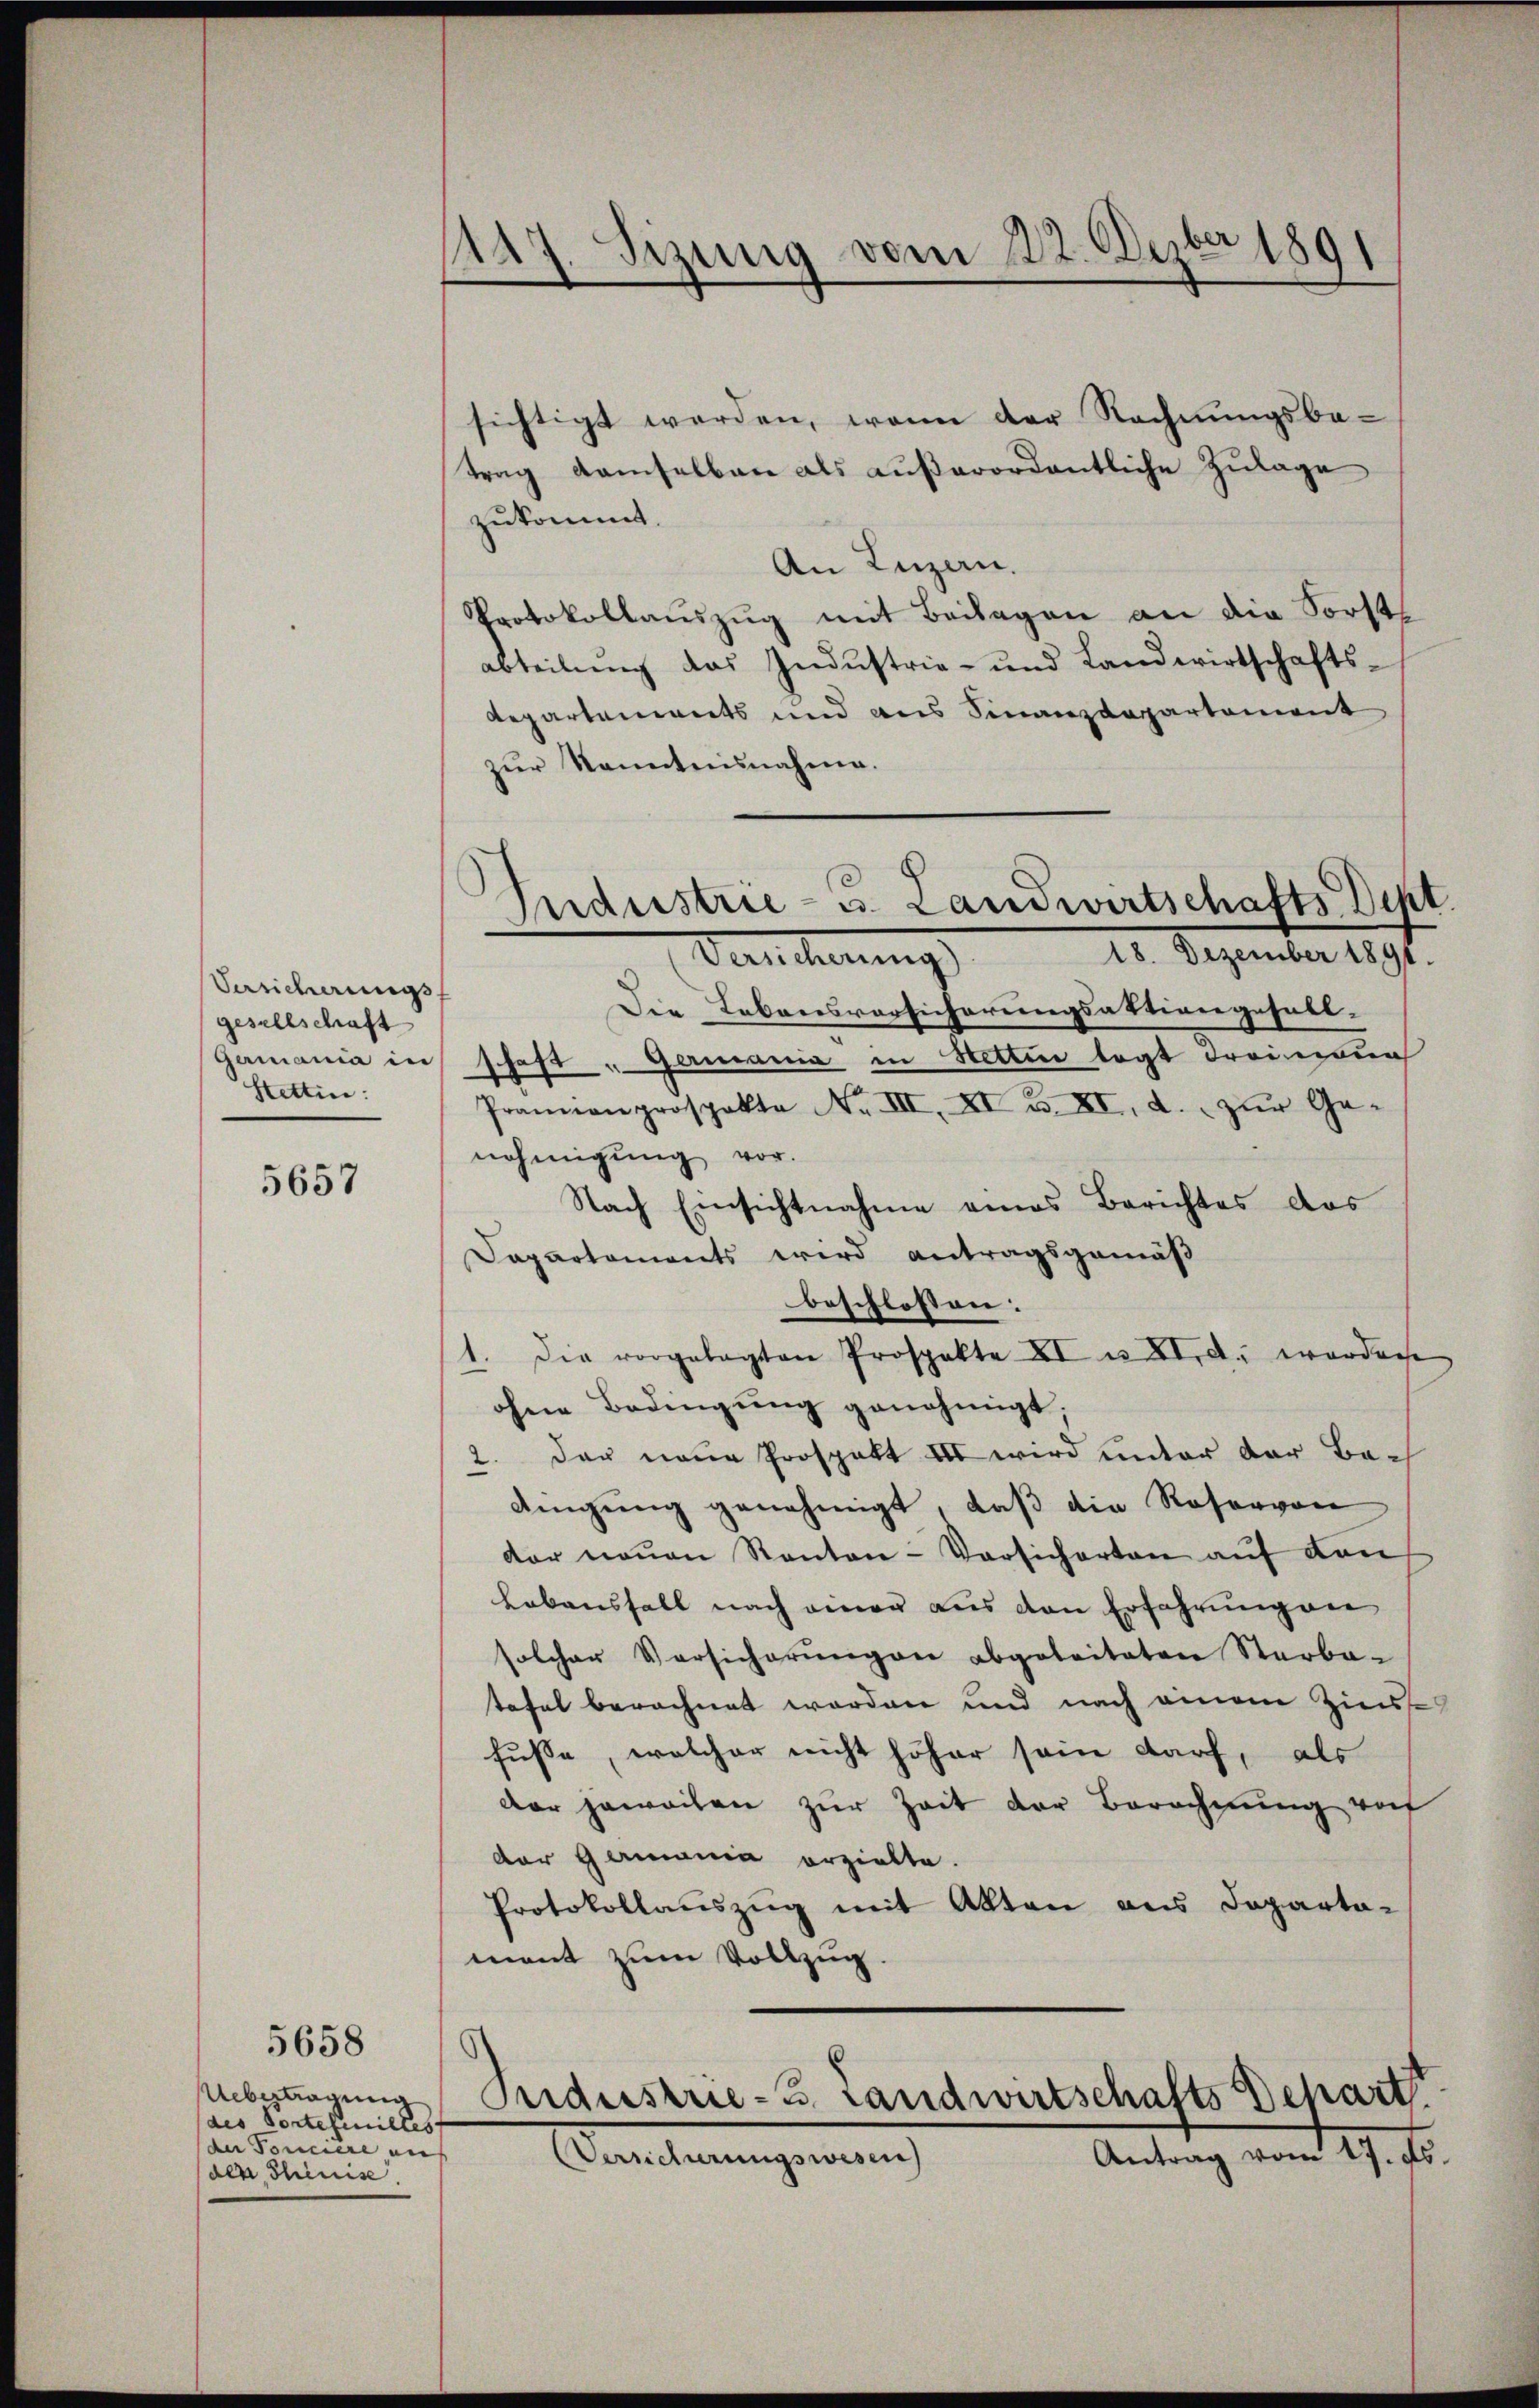
Versicherungsf
gesellschaft
Stettin:

5657

Uebertragung
des Portesmilles
(der Tonciere
der, Chinis

5658

1147. Sizung vom 22. Dezbr 1891

sichtigt werden, wenn der Rechnungsbe-
trag damselben als außerordentliche Zulage
zukommt.
An Luzern.
Protokollauszug mit Beilagen an die Forsts
abteilŭng das Industrie- und Landwirtschafts-
Repartements und aus Finanzdepartement
zur Kenntnisnahme.
Die Lebensvorsicherungsaktion gesell-
Gamania in schaft „Germania in Netten legt dreinau
Pranion prospekto No III, XI u. XI, a. zŭr Ge-
nehmigung vor.
Nach Einsichtnahme eines Berichtes das
Dapartements wird antragsgemäß
beschlossen: |
1. Die vorgelegten Prospekte XI u XI. d. worderse
ohne Bedingung genehmigt;
2. der neue Prospekt III wird unter der Bac
dingung genehmigt, daß die Roservon
der neuen Kanton-Versicherten auf den
Lebensfall nach einer aus den Erfahrungen
solcher Versicherŭngen abgeleiteten Starba-
tafel berechnet worden und nach einem Zinse
fusse, welcher nicht höher sein darf, als
der jeweilen zur Zeit der Berechnung rof
der Gamania erzielte.
Protokollauszug mit Akten aus Departa-
ment zum Vollzug.
Industrie-B. Landwirtschafts Depart
Antrag vom 19. ds.
Versicherungswesen

Industrie- u. Landwirtschafts-Dept.
18. Dezember 1891.
Versicherung